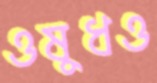
ওষুধও